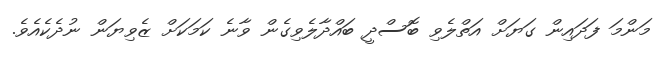
މަންމަ ފަދައިން ގަޔަށް އަތްލެވި ބޮސްދީ ބައްދާލެވިގެން ވާނެ ކަމަކަށް ޒެވިޔަން ނުދެކެއެވެ.